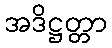
အဒိဋ္ဌတ္တာ